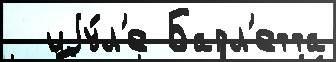
  иjу́л'е Барл'етта